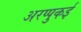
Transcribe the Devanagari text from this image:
अरप्पुकई